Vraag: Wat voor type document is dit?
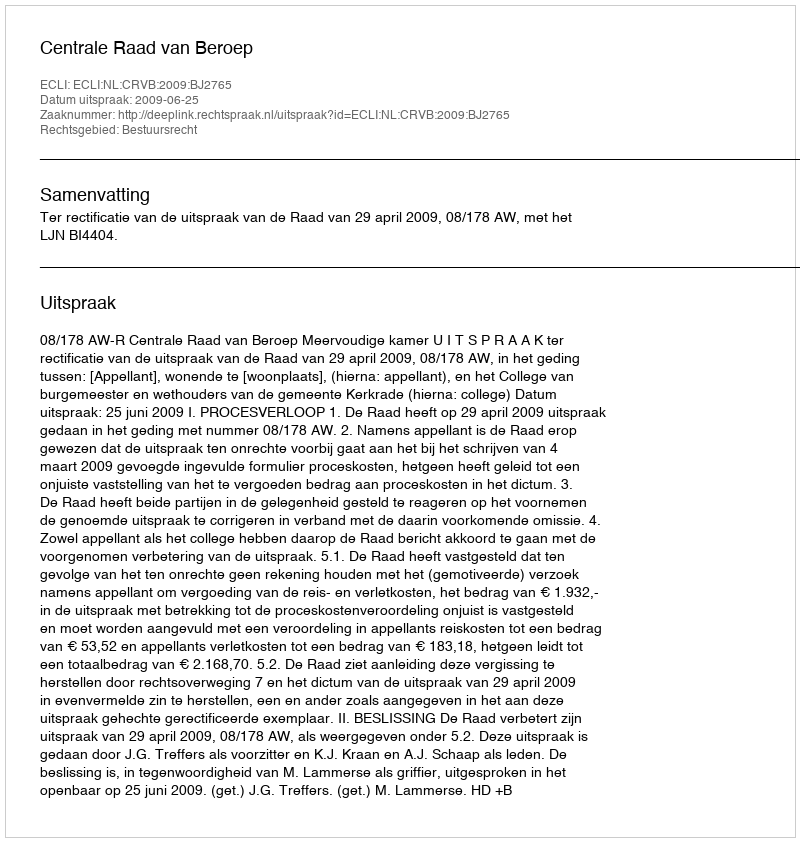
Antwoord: Uitspraak